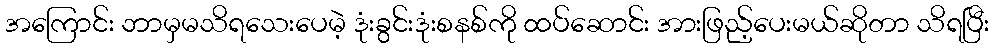
အကြောင်း ဘာမှမသိရသေးပေမဲ့ ဒုံးခွင်းဒုံးစနစ်ကို ထပ်ဆောင်း အားဖြည့်ပေးမယ်ဆိုတာ သိရပြီး